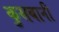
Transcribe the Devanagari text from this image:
कुसबानी